Civil Veterinary Department Bengal reports 1933-51 - 1933-1951
Year: 1933
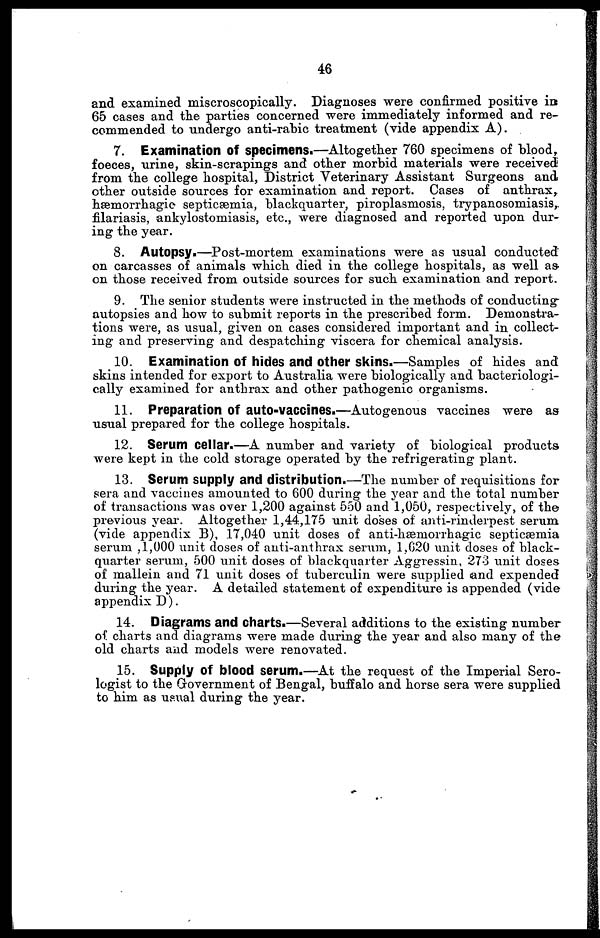
46
and examined miscroscopically. Diagnoses were confirmed positive in
65 cases and the parties concerned were immediately informed and re-
commended to undergo anti-rabic treatment (vide appendix A).
7. Examination of specimens.—Altogether 760 specimens of blood,
foeces, urine, skin-scrapings and other morbid materials were received
from the college hospital, District Veterinary Assistant Surgeons and
other outside sources for examination and report. Cases of anthrax,
hæmorrhagic septicæmia, blackquarter, piroplasmosis, trypanosomiasis,
filariasis, ankylostomiasis, etc., were diagnosed and reported upon dur-
ing the year.
8. Autopsy.—Post-mortem examinations were as usual conducted
on carcasses of animals which died in the college hospitals, as well as
on those received from outside sources for such examination and report.
9. The senior students were instructed in the methods of conducting
autopsies and how to submit reports in the prescribed form. Demonstra-
tions were, as usual, given on cases considered important and in collect-
ing and preserving and despatching viscera for chemical analysis.
10. Examination of hides and other skins.—Samples of hides and
skins intended for export to Australia were biologically and bacteriologi-
cally examined for anthrax and other pathogenic organisms.
11. Preparation of auto-vaccines.—Autogenous vaccines were as
usual prepared for the college hospitals.
12. Serum cellar.—A number and variety of biological products
were kept in the cold storage operated by the refrigerating plant.
13. Serum supply and distribution.—The number of requisitions for
sera and vaccines amounted to 600 during the year and the total number
of transactions was over 1,200 against 550 and 1,050, respectively, of the
previous year. Altogether 1,44,175 unit doses of anti-rinderpest serum
(vide appendix B), 17,040 unit doses of anti-hæmorrhagic septicaemia
serum ,1,000 unit doses of anti-anthrax serum, 1,620 unit closes of black-
quarter serum, 500 unit doses of blackquarter Aggressin, 273 unit doses
of mallein and 71 unit doses of tuberculin were supplied and expended
during the year. A detailed statement of expenditure is appended (vide
appendix D).
14. Diagrams and charts.—Several additions to the existing number
of charts and diagrams were made during the year and also many of the
old charts and models were renovated.
15. Supply of blood serum.—At the request of the Imperial Sero-
logist to the Government of Bengal, buffalo and horse sera were supplied
to him as usual during the year.